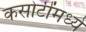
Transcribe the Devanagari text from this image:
कसोटींमध्ये